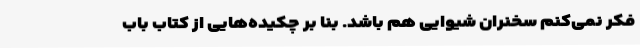
فکر نمی‌کنم سخنران شیوایی هم باشد. بنا بر چکیده‌هایی از کتاب باب